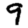
Digit: 9